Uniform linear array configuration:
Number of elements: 48
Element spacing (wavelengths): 1
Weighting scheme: hamming
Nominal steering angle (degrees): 15
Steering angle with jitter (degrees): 15.753
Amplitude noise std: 0.05
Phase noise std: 0.05

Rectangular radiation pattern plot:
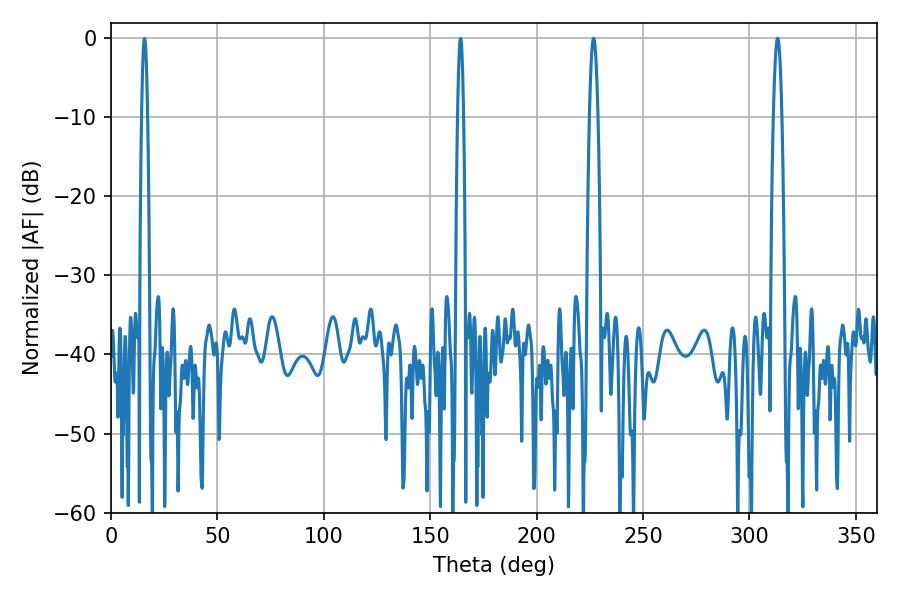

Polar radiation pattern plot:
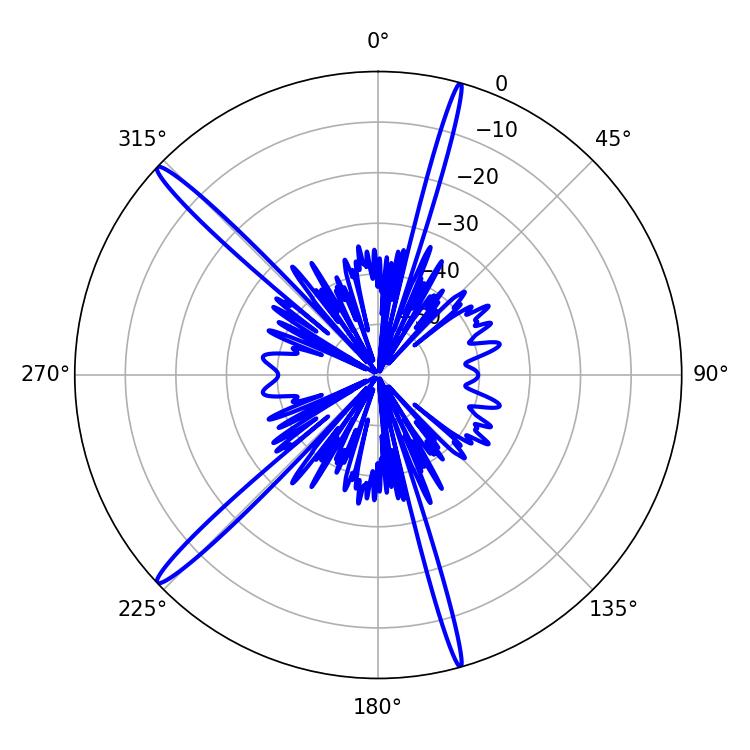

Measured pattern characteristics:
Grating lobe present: TRUE
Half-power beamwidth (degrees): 2.16
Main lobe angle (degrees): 226.8